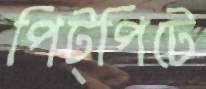
পিট্‌পিটে